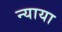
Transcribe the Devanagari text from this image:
न्याया